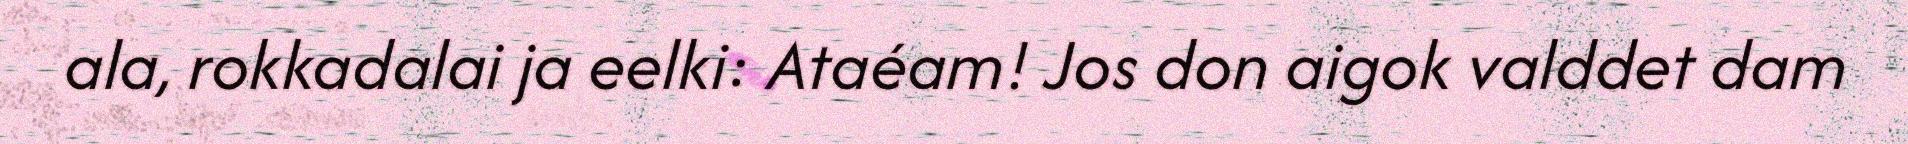
ala, rokkadalai ja eelki: Ataéam! Jos don aigok valddet dam